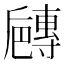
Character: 𡭐